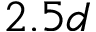
2 . 5 d